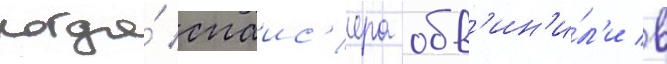
Когда́ спаис'ера обв'ин'и́л'и в